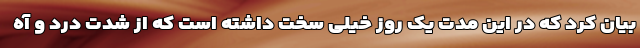
بیان کرد که در این مدت یک روز خیلی سخت داشته است که از شدت درد و آه